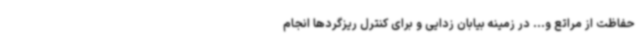
حفاظت از مراتع و... در زمینه بیابان زدایی و برای کنترل ریزگردها انجام